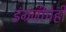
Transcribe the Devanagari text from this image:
इंग्रजीचेही